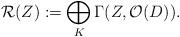
LaTeX: \begin{align*} \mathcal{R}(Z) :=\bigoplus_{K} \Gamma(Z,\mathcal{O}(D)).\end{align*}